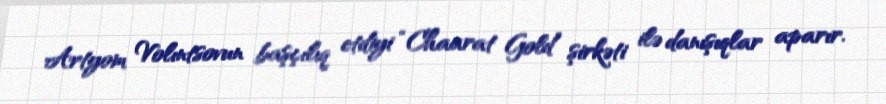
Artyom Volıntsovun başçılıq etdiyi “Chaarat Gold” şirkəti ilə danışıqlar aparır.